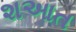
શઆત